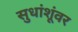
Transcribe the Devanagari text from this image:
सुधांशूंवर